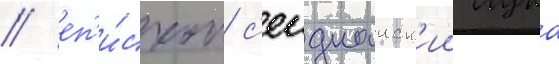
/ еп'и́скоп с'еиднаиск'ии лука